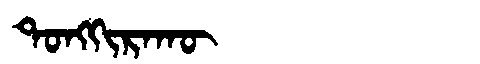
Manchu: ᡨᠣᠩᡴᡳᡵᠠᡴᡡ
Romanization: TONGKIRAKŪ